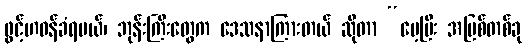
ဖွင့်ဟဝန်ခံရမယ်၊ ဘုန်းကြီးတွေက ဒေသနာကြားတယ် ဆိုတာ “မေ့ပြီး အပြစ်တစ်ခု